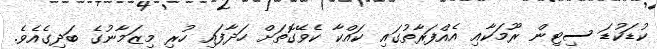
ކުޑަކުޑަ ސިޓިން ރޫމަކާއި އެއްފަރާތުގައި ކައްކާ ކެވޭގޮތަށް ހަދާފައި ހުރި މިޒަމާނުގެ ބަދިގެއެވެ.